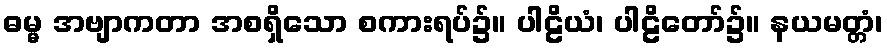
ဓမ္မ အဗျာကတာ အစရှိသော စကားရပ်၌။ ပါဠိယံ၊ ပါဠိတော်၌။ နယမတ္တံ၊